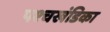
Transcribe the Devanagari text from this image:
पश्चखंडिका